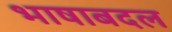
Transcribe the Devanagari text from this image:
भाषाबदल